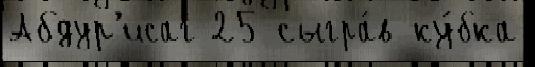
Абдур'исаг 25 сыгра́в ку́бка